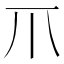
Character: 𤓯